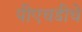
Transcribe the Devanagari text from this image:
पीएचडीचे